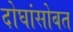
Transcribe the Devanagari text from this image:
दोघांसोबत